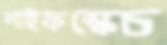
লাইফস্কেচ